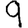
Digit: 9